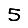
Digit: 5